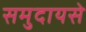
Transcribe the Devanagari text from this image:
समुदायसे